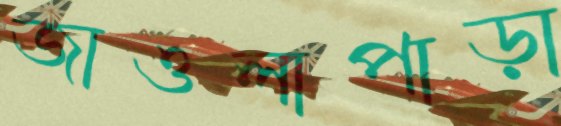
জাওলাপাড়া